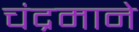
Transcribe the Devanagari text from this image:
चंद्रमाने